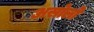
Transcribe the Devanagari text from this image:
असोलो